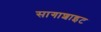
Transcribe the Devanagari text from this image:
सागाशाइट